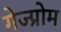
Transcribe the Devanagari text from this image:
गेज्प्रोम